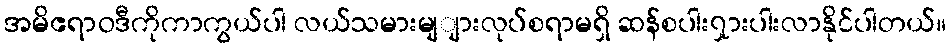
အမိဧရာဝဒီကိုကာကွယ်ပါ လယ်သမားမျျားလုပ်စရာမရှိ ဆန်စပါး၇ှားပါးလာနိုင်ပါတယ်။